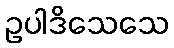
ဥပါဒိသေသေ